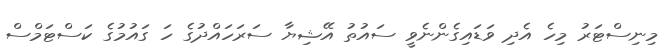
މިނިސްޓަރު މިހެ އެދި ވަޑައިގެންނެވީ ސައުތު އޭޝިޔާ ސަރަހައްދުގެ ހަ ގައުމުގެ ކަސްޓަމްސް